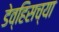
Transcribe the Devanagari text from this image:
डेव्हिसच्या